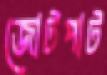
জোটপাট